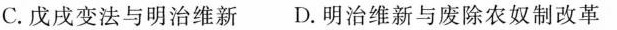
C.戊戌变法与明治维新D.明治维新与废除农奴制改革